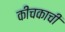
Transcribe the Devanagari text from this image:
कीचकाची